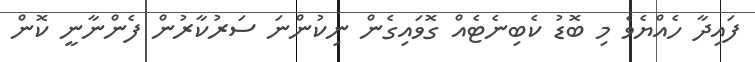
ފައިދާ ހެއްޔެވެ މި ބޮޑު ކެބިނެޓެއް ގޮވައިގެން ނިކުންނަ ސަރުކާރުން ފެންނާނީ ކޮން